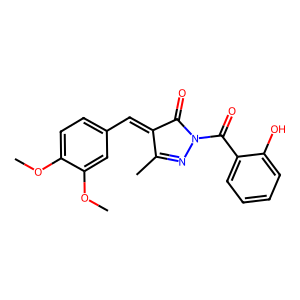
SMILES: COc1ccc(C=C2C(=O)N(C(=O)c3ccccc3O)N=C2C)cc1OC
Inhibits HIV replication: No